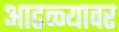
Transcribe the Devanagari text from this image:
आढळ्यावर